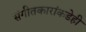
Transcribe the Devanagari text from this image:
संगीतकारांकडेही